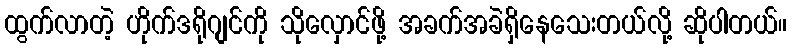
ထွက်လာတဲ့ ဟိုက်ဒရိုဂျင်ကို သိုလှောင်ဖို့ အခက်အခဲရှိနေသေးတယ်လို့ ဆိုပါတယ်။